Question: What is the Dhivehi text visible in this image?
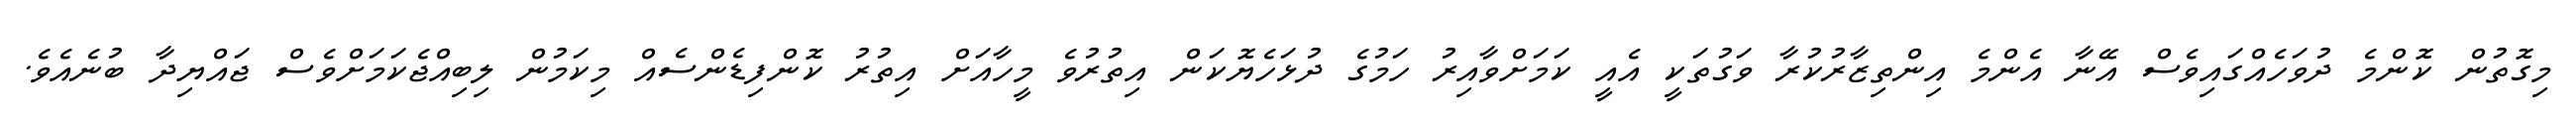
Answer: މިގޮތުން ކޮންމެ ދުވަހެއްގައިވެސް އޭނާ އެންމެ އިންތިޒާރުކުރާ ވަގުތަކީ އެއީ ކަމަށްވާއިރު ހަމުގެ ދުޅަހެޔޮކަން އިތުރުވެ މީހާއަށް އިތުރު ކޮންފިޑެންސެއް މިކަމުން ލިބިއްޖެކަމަށްވެސް ޖައްޔިދާ ބުނެއެވެ.